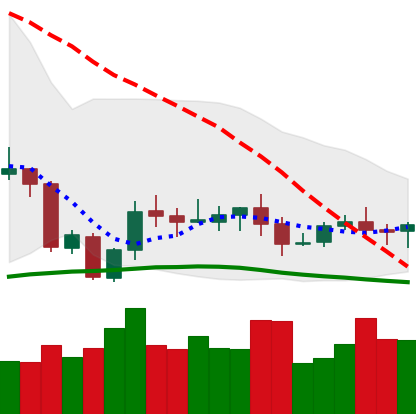
Ticker: XLM-USD
Chart end date: 2020-10-08
Forward return: 4.446%
Label: up_3_5